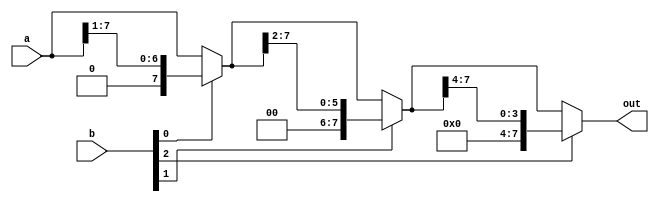
/*
   This file was generated automatically by the Mojo IDE version B1.3.4.
   Do not edit this file directly. Instead edit the original Lucid source.
   This is a temporary file and any changes made to it will be destroyed.
*/

module eightbitshiftright_11 (
    input [7:0] a,
    input [7:0] b,
    output reg [7:0] out
  );
  
  
  
  reg [7:0] x;
  
  always @* begin
    x = a;
    if (b[0+0-:1]) begin
      x = x >> 1'h1;
    end
    if (b[1+0-:1]) begin
      x = x >> 2'h2;
    end
    if (b[2+0-:1]) begin
      x = x >> 3'h4;
    end
    out = x;
  end
endmodule